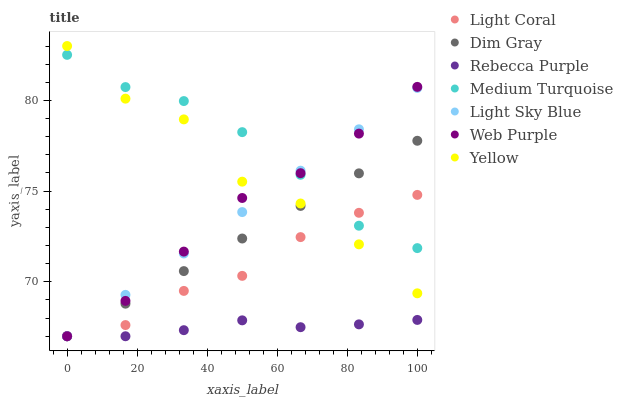
| xaxis_label | Light Coral | Dim Gray | Rebecca Purple | Medium Turquoise | Light Sky Blue | Web Purple | Yellow |
 | --- | --- | --- | --- | --- | --- | --- | --- |
 | 0 | 67 | 67 | 67 | 82.5 | 67 | 67 | 83 |
 | 16.7 | 67.6 | 68.8 | 67 | 80.7 | 69.3 | 68.9 | 80.1 |
 | 33.3 | 69.5 | 70.6 | 67.3 | 80 | 71.6 | 71.7 | 79 |
 | 50 | 70.3 | 72.4 | 67.9 | 78.3 | 73.8 | 74.6 | 75.5 |
 | 66.7 | 72.5 | 74.2 | 67.5 | 75.9 | 76.1 | 76 | 74.3 |
 | 83.3 | 73.8 | 76 | 67.7 | 73.1 | 78.4 | 78.2 | 72.1 |
 | 100 | 74.8 | 77.8 | 67.9 | 71.9 | 80.7 | 80.7 | 69.4 |